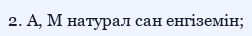
2. А, М натурал сан енгіземін;